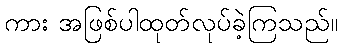
ကား အဖြစ်ပါထုတ်လုပ်ခဲ့ကြသည်။